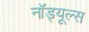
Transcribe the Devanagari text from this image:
नॉड्यूल्स